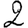
Digit: 2